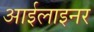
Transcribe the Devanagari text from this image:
आईलाइनर